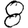
Digit: 8